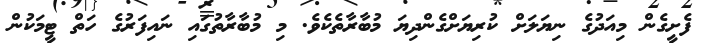
ފެށީގެން މިއަަދުގެ ނިޔަލަށް ކުރިޔަށްގެންދިޔަ މުބާރާތެކެވެ. މި މުބާރާތުގައި ނައިފަރުގެ ހަތް ޓީމަކުން